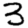
Digit: 3